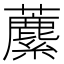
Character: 𧃧